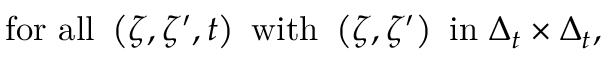
\mathrm { f o r \ a l l \ } \left( \zeta , \zeta ^ { \prime } , t \right) \mathrm { \ w i t h \ } \left( \zeta , \zeta ^ { \prime } \right) \mathrm { \ i n \ } \Delta _ { t } \times \Delta _ { t } ,